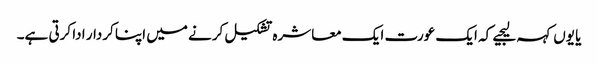
یا یوں کہہ لیجیے کہ ایک عورت ایک معاشرہ تشکیل کرنے میں اپنا کردار ادا کرتی ہے۔